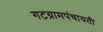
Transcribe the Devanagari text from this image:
गटग्रामपंचायती